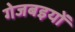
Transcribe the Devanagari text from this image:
गेजबइयों